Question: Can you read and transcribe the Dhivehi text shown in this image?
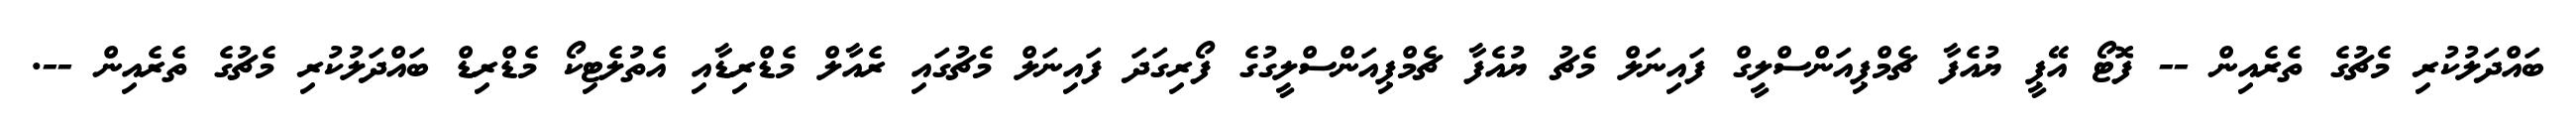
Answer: ބައްދަލުކުރި މެޗުގެ ތެރެއިން -- ފޮޓޯ އޭޕީ ޔުއެފާ ޗެމްޕިއަންސްލީގް ފައިނަލް މެޗު ޔުއެފާ ޗެމްޕިއަންސްލީގުގެ ފޯރިގަދަ ފައިނަލް މެޗުގައި ރެއާލް މެޑްރިޑާއި އެތުލެޓިކޯ މެޑްރިޑް ބައްދަލުކުރި މެޗުގެ ތެރެއިން --.